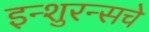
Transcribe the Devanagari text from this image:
इन्‍शुरन्‍सचे